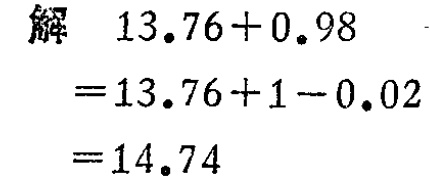
```
解 \(13.76 + 0.98\)
\(=13.76 + 1 - 0.02\)
\(=14.74\)
```